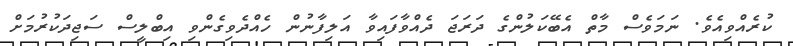
ކުރެއްވިއެވެ. ނަމަވެސް މާތް އެބޭކަލުންގެ ދަރަޖަ ދެއްވާފައިވާ އަލިފާނުން ހެއްދެވިގެންވި އިބްލީސް ސަޖިދަކުރުމަށް